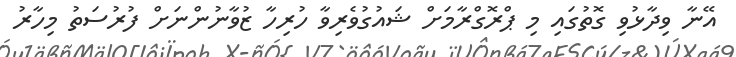
އޭނާ ވިދާޅުވި ގޮތުގައި މި ޕްރޮގްރާމަށް ޝައުގުވެރިވާ ހުރިހާ ޒުވާނުންނަށް ފުރުސަތު މިހާރު